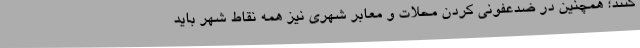
کنند؛ همچنین در ضدعفونی کردن محلات و معابر شهری نیز همه نقاط شهر باید